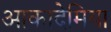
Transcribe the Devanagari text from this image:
आकादेमिया